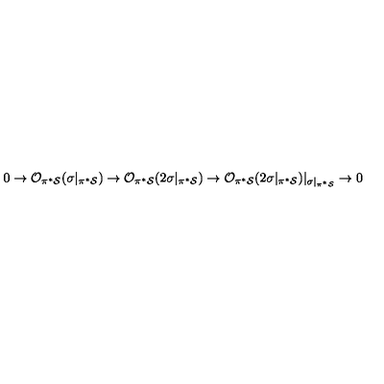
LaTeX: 0 \rightarrow { \cal O } _ { \pi ^ { * } { \cal S } } ( \sigma | _ { \pi ^ { * } { \cal S } } ) \rightarrow { \cal O } _ { \pi ^ { * } { \cal S } } ( 2 \sigma | _ { \pi ^ { * } { \cal S } } ) \rightarrow { \cal O } _ { \pi ^ { * } { \cal S } } ( 2 \sigma | _ { \pi ^ { * } { \cal S } } ) | _ { \sigma | _ { \pi ^ { * } { \cal S } } } \rightarrow 0